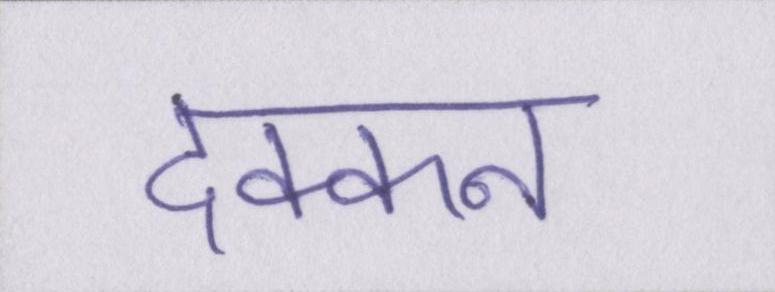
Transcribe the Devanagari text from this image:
दक्कन